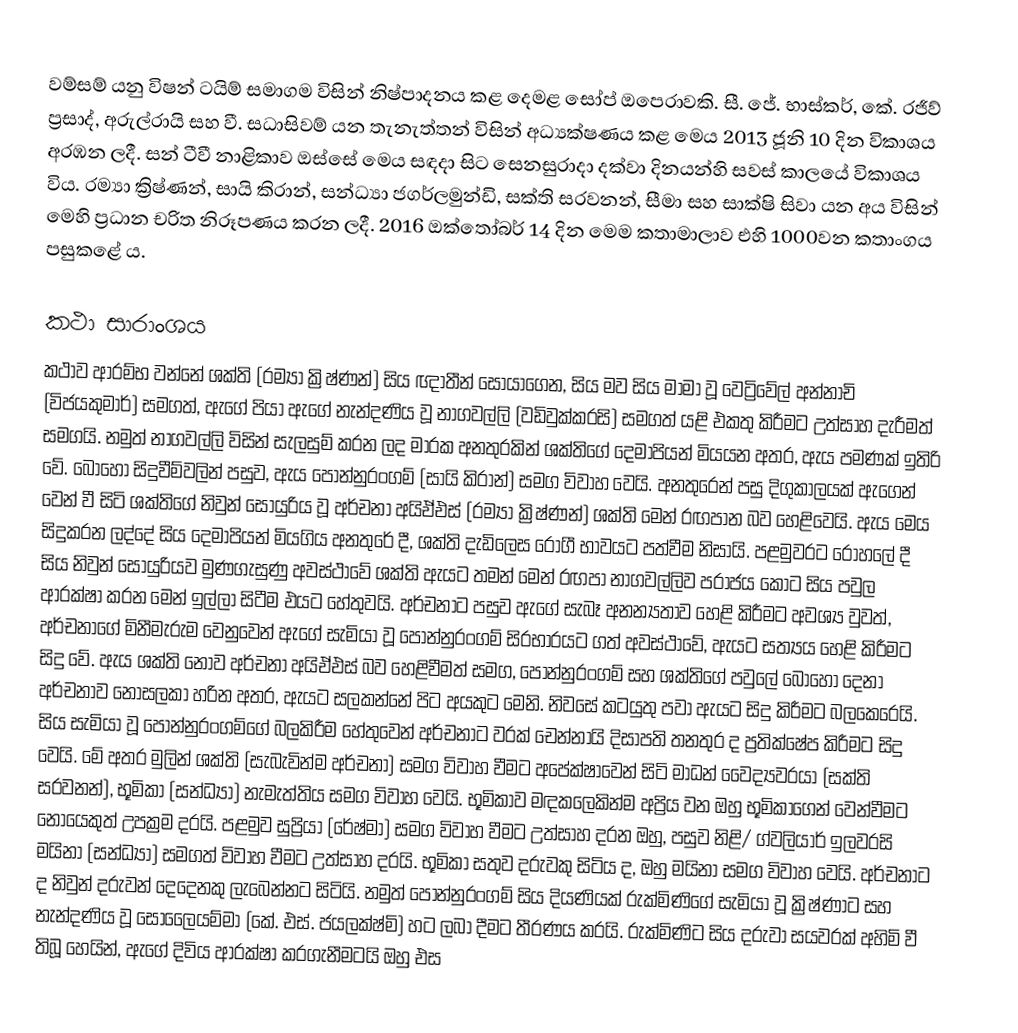
වම්සම් යනු විෂන් ටයිම් සමාගම විසින් නිෂ්පාදනය කළ දෙමළ සෝප් ඔපෙරාවකි. සී. ජේ. භාස්කර්, කේ. රජීව් ප්‍රසාද්, අරුල්රායි සහ වී. සධාසිවම් යන තැනැත්තන් විසින් අධ්‍යක්ෂණය කළ මෙය 2013 ජූනි 10 දින විකාශය අරඹන ලදී. සන් ටීවී නාළිකාව ඔස්සේ මෙය සඳදා සිට සෙනසුරාදා දක්වා දිනයන්හි සවස් කාලයේ විකාශය විය. රම්‍යා ක්‍රිෂ්ණන්, සායි කිරාන්, සන්ධ්‍යා ජගර්ලමුන්ඩි, සක්ති සරවනන්, සීමා සහ සාක්ෂි සිවා යන අය විසින් මෙහි ප්‍රධාන චරිත නිරූපණය කරන ලදී. 2016 ඔක්තෝබර් 14 දින මෙම කතාමාලාව එහි 1000වන කතාංගය පසුකළේ ය.

කථා සාරාංශය
‍කථාව ආරම්භ වන්නේ ශක්ති (රම්‍යා ක්‍රිෂ්ණන්) සිය ඥාතීන් සොයාගෙන, සිය මව සිය මාමා වූ වෙට්‍රිවේල් අන්නාචි (විජයකුමාර්) සමගත්, ඇගේ පියා ඇගේ නැන්දණිය වූ නාගවල්ලි (වඩිවුක්කරසි) සමගත් යළි එකතු කිරීමට උත්සාහ දැරීමත් සමගයි. නමුත් නාගවල්ලි විසින් සැලසුම් කරන ලද මාරක අනතුරකින් ශක්තිගේ දෙමාපියන් මියයන අතර, ඇය පමණක් ඉතිරි වේ. බොහෝ සිදුවීම්වලින් පසුව, ඇය පොන්නුරංගම් (සායි කිරාන්) සමග විවාහ වෙයි. අනතුරෙන් පසු දිගුකාලයක් ඇගෙන් වෙන් වී සිටි ශක්තිගේ නිවුන් සොයුරිය වූ අර්චනා අයිඒඑස් (රම්‍යා ක්‍රිෂ්ණන්) ශක්ති මෙන් රඟපාන බව හෙළිවෙයි. ඇය මෙය සිදුකරන ලද්දේ සිය දෙමාපියන් මියගිය අනතුරේ දී, ශක්ති දැඩිලෙස රෝගී භාවයට පත්වීම නිසායි. පළමුවරට රෝහලේ දී සිය නිවුන් සොයුරියව මුණගැසුණු අවස්ථාවේ ශක්ති ඇයට තමන් මෙන් රඟපා නාගවල්ලිව පරාජය කොට සිය පවුල ආරක්ෂා කරන මෙන් ඉල්ලා සිටීම එයට හේතුවයි.  අර්චනාට පසුව ඇගේ සැබෑ අනන්‍යතාව හෙළි කිරීමට අවශ්‍ය වුවත්, අර්චනාගේ මිනීමැරුම වෙනුවෙන් ඇගේ සැමියා වූ පොන්නුරංගම් සිරභාරයට ගත් අවස්ථාවේ, ඇයට සත්‍යය හෙළි කිරීමට සිදු වේ. ඇය ශක්ති නොව අර්චනා අයිඒඑස් බව හෙළිවීමත් සමග, පොන්නුරංගම් සහ ශක්තිගේ පවුලේ බොහෝ දෙනා අර්චනාව නොසලකා හරින අතර, ඇයට සලකන්නේ පිට අයකුට මෙනි. නිවසේ කටයුතු පවා ඇයට සිදු කිරීමට බලකෙරෙයි. සිය සැමියා වූ පොන්නුරංගම්ගේ බලකිරීම හේතුවෙන් අර්චනාට වරක් චෙන්නායි දිසාපති තනතුර ද ප්‍රතික්ෂේප කිරීමට සිදු වෙයි. මේ අතර මුලින් ශක්ති (සැබැවින්ම අර්චනා) සමග විවාහ වීමට ‍අපේක්ෂාවෙන් සිටි මාධන් වෛද්‍යවරයා (සක්ති සරවනන්), භූමිකා (සන්ධ්‍යා) නැමැත්තිය සමග විවාහ වෙයි. භූමිකාව මඳකලෙකින්ම අප්‍රිය වන ඔහු භූමිකාගෙන් වෙන්වීමට නොයෙකුත් උපක්‍රම දරයි. පළමුව සුප්‍රියා (රේෂ්මා) සමග විවාහ වීමට උත්සාහ දරන ඔහු, පසුව නිළි/ ග්වලියාර් ඉලවරසි මයිනා (සන්ධ්‍යා) සමගත් විවාහ වීමට උත්සාහ දරයි. භූමිකා සතුව දරුවකු සිටිය ද, ඔහු මයිනා සමග විවාහ වෙයි. අර්චනාට ද නිවුන් දරුවන් දෙදෙනකු ලැබෙන්නට සිටියි. නමුත් පොන්නුරංගම් සිය දියණියක් රුක්මිණිගේ සැමියා වූ ක්‍රිෂ්ණාට සහ නැන්දණිය වූ සොලෛයම්මා (කේ. එස්. ජයලක්ෂ්මි) හට ලබා දීමට තීරණය කරයි. රුක්මිණිට සිය දරුවා සයවරක් අහිමි වී තිබූ හෙයින්, ඇගේ දිවිය ආරක්ෂා කරගැනීමටයි ඔහු එස